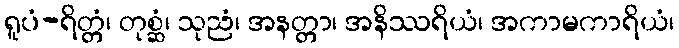
ရူပံ-ရိတ္တံ၊ တုစ္ဆံ၊ သုညံ၊ အနတ္တာ၊ အနိဿရိယံ၊ အကာမကာရိယံ၊